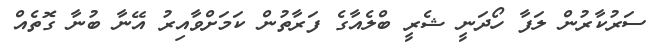
ސަރުކާރުން ލަފާ ހޯދަނީ ޝެރީ ބްލެއާގެ ފަރާތުން ކަމަށްވާއިރު އޭނާ ބުނާ ގޮތެއް